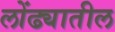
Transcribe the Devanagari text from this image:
लोंढ्यातील